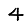
Digit: 4